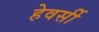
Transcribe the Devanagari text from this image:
हेवर्सी